Lunatic asylums United Provinces 1909-1921 - 1909-1921
Year: 1909
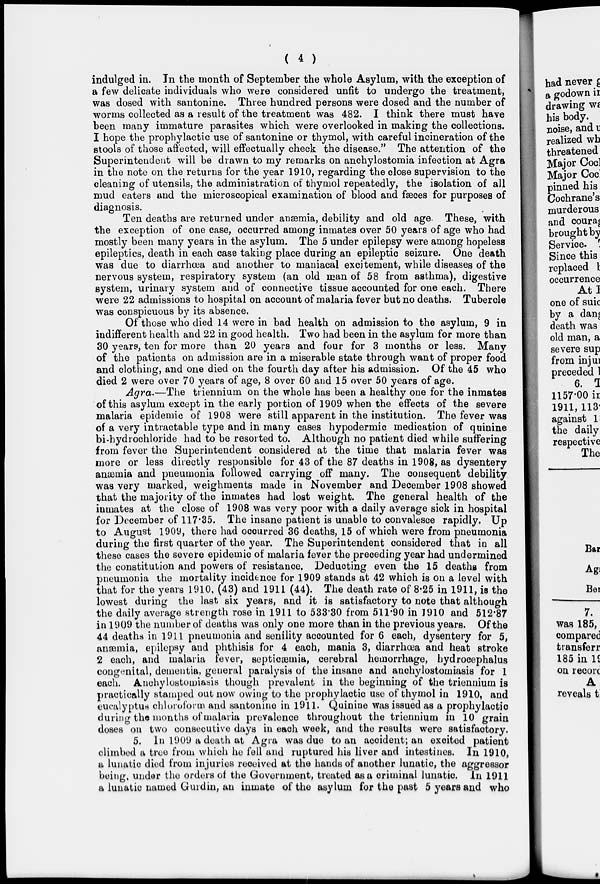
( 4 )
indulged in. In the month of September the whole Asylum, with the exception of
a few delicate individuals who were considered unfit to undergo the treatment,
was dosed with santonine. Three hundred persons were dosed and the number of
worms collected as a result of the treatment was 482. I think there must have
been many immature parasites which were overlooked in making the collections.
I hope the prophylactic use of santonine or thymol, with careful incineration of the
stools of those affected, will effectually check the disease." The attention of the
Superintendent will be drawn to my remarks on anchylostomia infection at Agra
in the note on the returns for the year 1910, regarding the close supervision to the
cleaning of utensils, the administration of thymol repeatedly, the isolation of all
mud eaters and the microscopical examination of blood and fæces for purposes of
diagnosis.
Ten deaths are returned under anaemia, debility and old age. These, with
the exception of one case, occurred among inmates over 50 years of age who had
mostly been many years in the asylum. The 5 under epilepsy were among hopeless
epileptics, death in each case taking place during an epileptic seizure. One death
was due to diarrhœa and another to maniacal excitement, while diseases of the
nervous system, respiratory system (an old man of 58 from asthma), digestive
system, urinary system and of connective tissue accounted for one each. There
were 22 admissions to hospital on account of malaria fever but no deaths. Tubercle
was conspicuous by its absence.
Of those who died 14 were in bad health on admission to the asylum, 9 in
indifferent health and 22 in good health. Two had been in the asylum for more than
30 years, ten for more than 20 years and four for 3 months or less. Many
of the patients on admission are in a miserable state through want of proper food
and clothing, and one died on the fourth day after his admission. Of the 45 who
died 2 were over 70 years of age, 8 over 60 and 15 over 50 years of age.
Agra.—The triennium on the whole has been a healthy one for the inmates
of this asylum except in the early portion of 1909 when the effects of the severe
malaria epidemic of 1908 were still apparent in the institution. The fever was
of a very intractable type and in many cases hypodermic medication of quinine
bi-hydrochloride had to be resorted to. Although no patient died while suffering
from fever the Superintendent considered at the time that malaria fever was
more or less directly responsible for 43 of the 87 deaths in 1908, as dysentery
anæmia and pneumonia followed carrying off many. The consequent debility
was very marked, weighments made in November and December 1908 showed
that the majority of the inmates had lost weight. The general health of the
inmates at the close of 1908 was very poor with a daily average sick in hospital
for December of 117.35. The insane patient is unable to convalesce rapidly. Up
to August 1909, there had occurred 36 deaths, 15 of which were from pneumonia
during the first quarter of the year. The Superintendent considered that in all
these cases the severe epidemic of malaria fever the preceding year had undermined
the constitution and powers of resistance. Deducting even the 15 deaths from
pneumonia the mortality incidence for 1909 stands at 42 which is on a level with
that for the years 1910, (43) and 1911 (44). The death rate of 8.25 in 1911, is the
lowest during the last six years, and it is satisfactory to note that although
the daily average strength rose in 1911 to 533.30 from 511.90 in 1910 and 512.87
in 1909 the number of deaths was only one more than in the previous years. Of the
44 deaths in 1911 pneumonia and senility accounted for 6 each, dysentery for 5,
anæmia, epilepsy and phthisis for 4 each, mania 3, diarrhœa and heat stroke
2 each, and malaria fever, septicæmia, cerebral hemorrhage, hydrocephalus
congenital, dementia, general paralysis of the insane and anchylostomiasis for 1
each. Anchylostomiasis though prevalent in the beginning of the triennium is
practically stamped out now owing to the prophylactic use of thymol in 1910, and
eucalyptus chloroform and santonine in 1911. Quinine was issued as a prophylactic
during the months of malaria prevalence throughout the triennium in 10 grain
doses on two consecutive days in each week, and the results were satisfactory.
5. In 1909 a death at Agra was due to an accident; an excited patient
climbed a tree from which he fell and ruptured his liver and intestines. In 1910,
a lunatic died from injuries received at the hands of another lunatic, the aggressor
being, under the orders of the Government, treated as a criminal lunatic. In 1911
a lunatic named Gurdin, an inmate of the asylum for the past 5 years and who